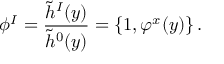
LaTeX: \phi ^ { I } = { \frac { \tilde { h } ^ { I } ( y ) } { \tilde { h } ^ { 0 } ( y ) } } = \{ 1 , \varphi ^ { x } ( y ) \} \, .